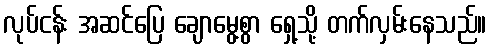
လုပ်ငန်း အဆင်ပြေ ချောမွေ့စွာ ရှေ့သို့ တက်လှမ်းနေသည်။